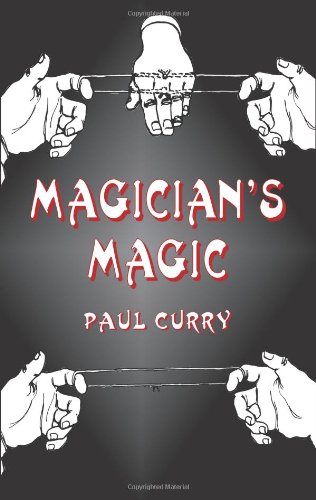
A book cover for Magician's Magic (Dover Magic Books); Paul Curry; Humor & Entertainment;